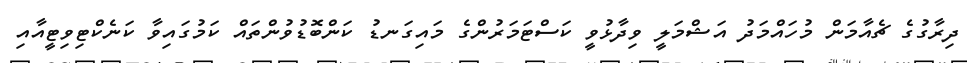
ދިރާގުގެ ޗެއާމަން މުހައްމަދު އަޝްމަލީ ވިދާޅުވީ ކަސްޓަމަރުންގެ މައިގަނޑު ކަންބޮޑުވުންތައް ކަމުގައިވާ ކަނެކްޓިވިޓީއާއި